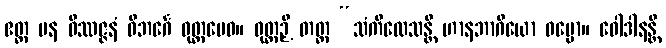
ဧတ္ထ ပန ဝိဿဇ္ဇနံ ဝိဘင်္ဂေ ဝုတ္တမေဝ။ ဝုတ္တဉှိ တတ္ထ “သံကိလေသန္တိ ဟာနဘာဂိယော ဓမ္မော။ ဝေါဒါနန္တိ